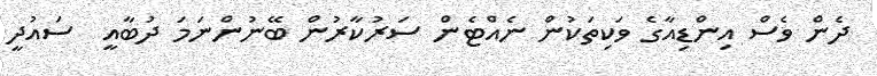
ދެން ވެސް އިންޑިއާގެ ވަކިތަކުން ނެއްޓެން ސަރުކާރުން ބޭނުންނަމަ ދުބާއީ  ސައުދީ